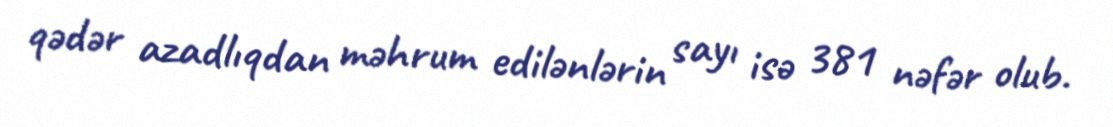
qədər azadlıqdan məhrum edilənlərin sayı isə 381 nəfər olub.